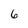
Character: 6